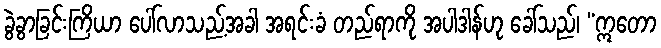
ခွဲခွာခြင်းကြိယာ ပေါ်လာသည့်အခါ အရင်းခံ တည်ရာကို အပါဒါန်ဟု ခေါ်သည်၊ “ဣတော